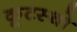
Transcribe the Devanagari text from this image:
कूटस्थो